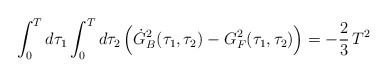
\begin{align*}\int_0^T d\tau_1 \int_0^T d\tau_2\,\Bigl({\dot G_B}^2(\tau_1,\tau_2)-G_F^2(\tau_1,\tau_2)\Bigr)= -{2\over3}\,T^2 \quad \end{align*}